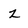
Character: z